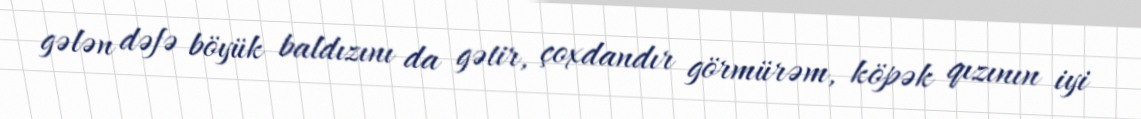
gələn dəfə böyük baldızını da gətir, çoxdandır görmürəm, köpək qızının iyi